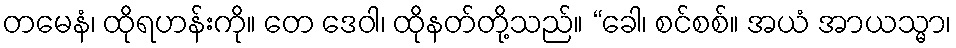
တမေနံ၊ ထိုရဟန်းကို။ တေ ဒေဝါ၊ ထိုနတ်တို့သည်။ “ခေါ၊ စင်စစ်။ အယံ အာယသ္မာ၊